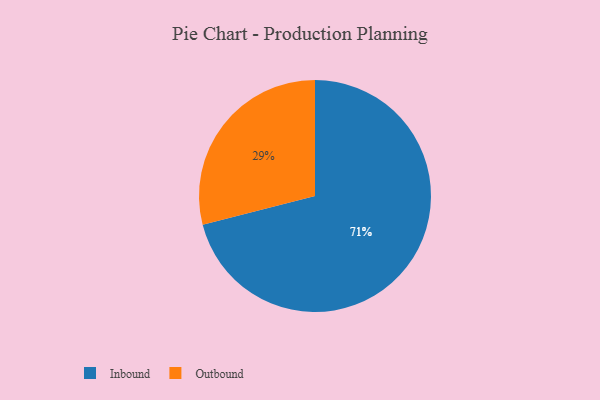
{"axis": {"x": "Category", "y": "Percentage"}, "legend": ["Inbound", "Outbound"], "data": [{"x": "Outbound", "y": 29, "type": "Outbound"}, {"x": "Inbound", "y": 71, "type": "Inbound"}]}